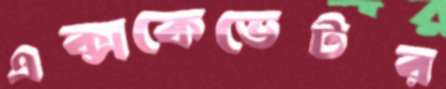
এক্সকেভেটর